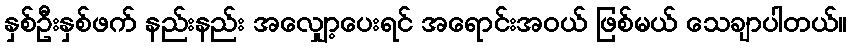
နှစ်ဦးနှစ်ဖက် နည်းနည်း အလျှော့ပေးရင် အရောင်းအဝယ် ဖြစ်မယ် သေချာပါတယ်။